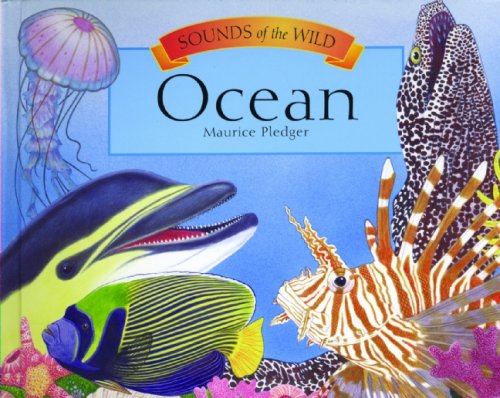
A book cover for Sounds of the Wild: Ocean (Pledger Sounds); Maurice Pledger; Children's Books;